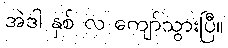
အဲဒါ နှစ် လ ကျော်သွားပြီ။